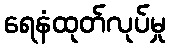
ရေနံထုတ်လုပ်မှု